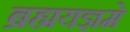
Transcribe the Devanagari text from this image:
ब्रह्मयज्ञमे